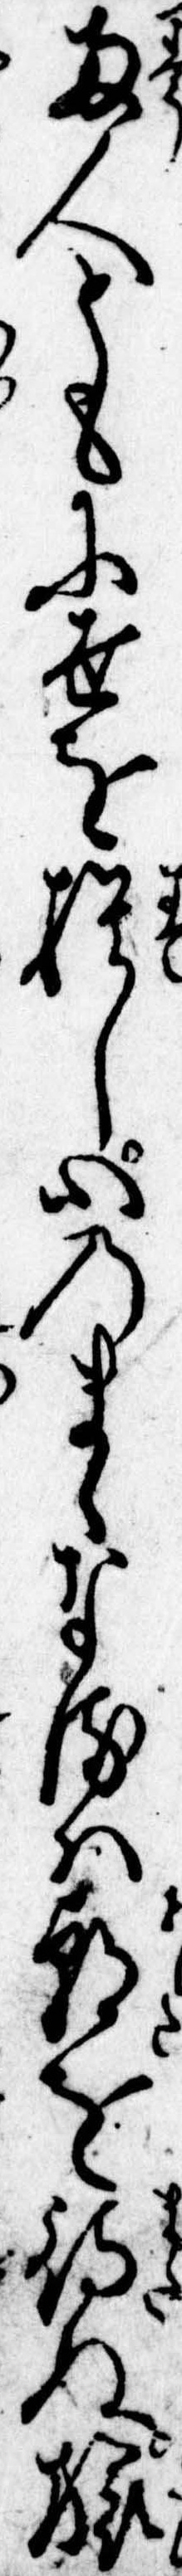
両人ともに世を捨し心のまゝなるは朝を待ぬ旅